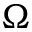
\Omega